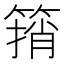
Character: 䈰